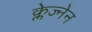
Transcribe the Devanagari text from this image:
क्लेज्नेन